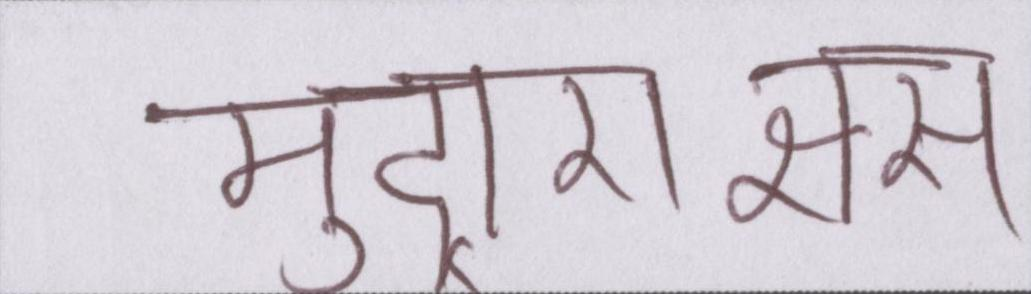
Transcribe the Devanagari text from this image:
मुद्राराक्षस